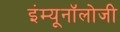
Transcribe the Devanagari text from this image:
इंम्यूनॉलोजी